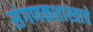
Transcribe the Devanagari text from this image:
संगणकशास्त्राचे